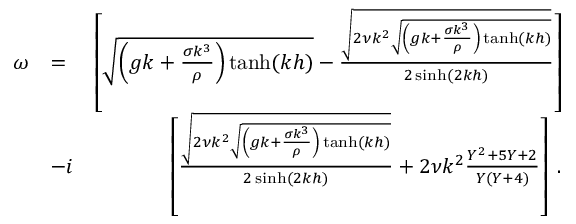
\begin{array} { r l r } { \omega } & { = } & { \left[ \sqrt { \left( g k + \frac { \sigma k ^ { 3 } } { \rho } \right) \operatorname { t a n h } ( k h ) } - \frac { \sqrt { 2 \nu k ^ { 2 } \sqrt { \left( g k + \frac { \sigma k ^ { 3 } } { \rho } \right) \operatorname { t a n h } ( k h ) } } } { 2 \sinh ( 2 k h ) } \right] } \\ & { - i } & { \left[ \frac { \sqrt { 2 \nu k ^ { 2 } \sqrt { \left( g k + \frac { \sigma k ^ { 3 } } { \rho } \right) \operatorname { t a n h } ( k h ) } } } { 2 \sinh ( 2 k h ) } + 2 \nu k ^ { 2 } \frac { Y ^ { 2 } + 5 Y + 2 } { Y ( Y + 4 ) } \right] \; . } \end{array}